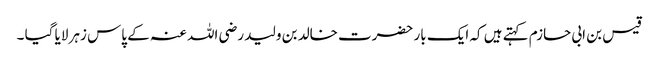
قیس بن ابی حازم کہتے ہیں کہ ایک بار حضرت خالد بن ولید رضی اللہ عنہ کے پاس زہر لایا گیا ۔